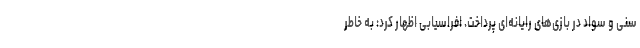
سنی و سواد در بازی‌های رایانه‌ای پرداخت. افراسیابی اظهار کرد: به خاطر